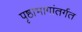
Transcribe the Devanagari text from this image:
पृष्ठाभागांतर्गत